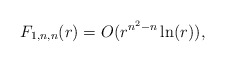
\begin{align*} F_{1,n,n}(r) = O(r^{n^2 - n}\ln(r)),\end{align*}